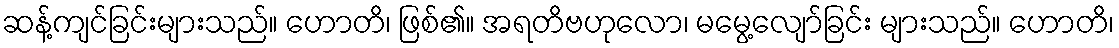
ဆန့်ကျင်ခြင်းများသည်။ ဟောတိ၊ ဖြစ်၏။ အရတိဗဟုလော၊ မမွေ့လျော်ခြင်း များသည်။ ဟောတိ၊